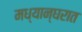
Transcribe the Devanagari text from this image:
मध्यान्घरात